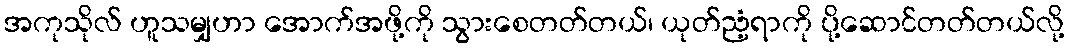
အကုသိုလ် ဟူသမျှဟာ အောက်အဖို့ကို သွားစေတတ်တယ်၊ ယုတ်ညံ့ရာကို ပို့ဆောင်တတ်တယ်လို့